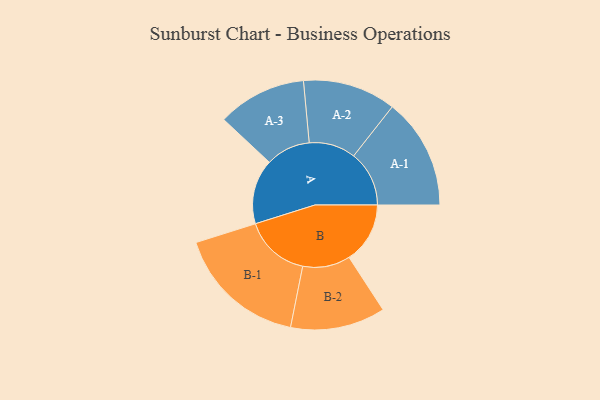
{"axis": {"x": "Segment", "y": "Value"}, "legend": ["", "A", "B"], "data": [{"x": "A", "y": 284, "type": ""}, {"x": "B", "y": 267, "type": ""}, {"x": "A-1", "y": 243, "type": "A"}, {"x": "A-2", "y": 204, "type": "A"}, {"x": "A-3", "y": 195, "type": "A"}, {"x": "B-1", "y": 287, "type": "B"}, {"x": "B-2", "y": 208, "type": "B"}]}